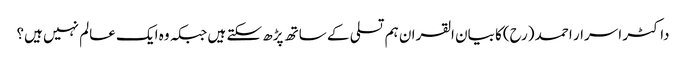
داکٹر اسرار احمد (رح)کا بیان القران ہم تسلی کے ساتھ پڑھ سکتے ہیں جبکہ وہ ایک عالم نہیں ہیں؟